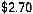
$2.70